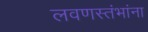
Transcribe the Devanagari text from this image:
लवणस्तंभांना